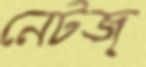
নেটজ্